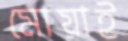
মোয়াই